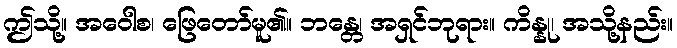
ဤသို့။ အဝေါစ၊ ဖြေတော်မူ၏။ ဘန္တေ၊ အရှင်ဘုရား။ ကိန္နု၊ အသို့နည်း။